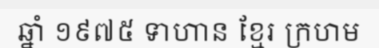
ឆ្នាំ ១៩៧៥ ទាហាន ខ្មែរ ក្រហម